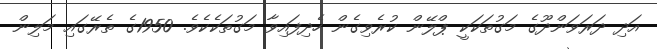
އަދި ދަރަވަންދޫގެ މަގުތަކަކީ ޕްލޭން ކުރެވިގެން ހެދިފައިވާ މަގުތަކެކެވެ. 1950ގެ ތެރޭގައި މަލިން